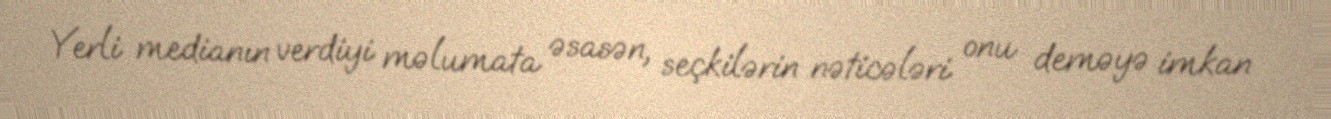
Yerli medianın verdiyi məlumata əsasən, seçkilərin nəticələri onu deməyə imkan